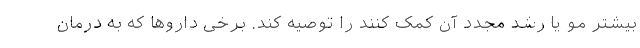
بیشتر مو یا رشد مجدد آن کمک کنند را توصیه کند. برخی داروها که به درمان